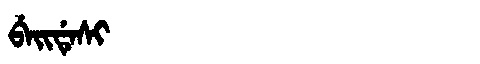
Manchu: ᠪᡝᡳᡩᡝᠰᡳ
Romanization: BEIDESI